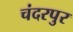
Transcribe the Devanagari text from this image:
चंदरपुर